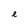
Character: e